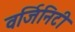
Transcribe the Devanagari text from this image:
वर्जिनिटी